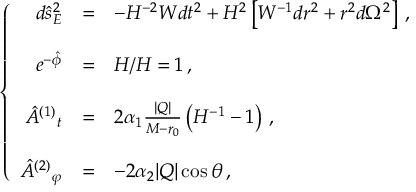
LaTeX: \left\{ \begin{array} { r c l } { { d \hat { s } _ { E } ^ { 2 } } } & { { = } } & { { - H ^ { - 2 } W d t ^ { 2 } + H ^ { 2 } \left[ W ^ { - 1 } d r ^ { 2 } + r ^ { 2 } d \Omega ^ { 2 } \right] \, , } } \\ { { } } & { { } } & { { } } \\ { { e ^ { - \hat { \phi } } } } & { { = } } & { { H / H = 1 \, , } } \\ { { } } & { { } } & { { } } \\ { { \hat { A } ^ { ( 1 ) } { } _ { t } } } & { { = } } & { { 2 \alpha _ { 1 } \frac { | Q | } { M - r _ { 0 } } \left( H ^ { - 1 } - 1 \right) \, , } } \\ { { } } & { { } } & { { } } \\ { { \hat { A } ^ { ( 2 ) } { } _ { \varphi } } } & { { = } } & { { - 2 \alpha _ { 2 } | Q | \cos \theta \, , } } \end{array} \right.